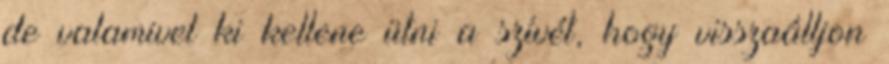
de valamivel ki kellene ütni a szívét, hogy visszaálljon